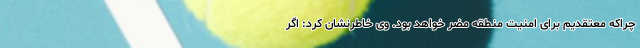
چراکه معتقدیم برای امنیت منطقه مضر خواهد بود. وی خاطرنشان کرد: اگر